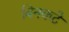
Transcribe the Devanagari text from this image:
बिनकटे